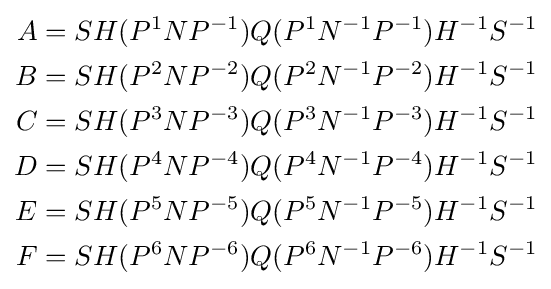
{\begin{aligned}A&=SH(P^{1}NP^{-1})Q(P^{1}N^{-1}P^{-1})H^{-1}S^{-1}\\B&=SH(P^{2}NP^{-2})Q(P^{2}N^{-1}P^{-2})H^{-1}S^{-1}\\C&=SH(P^{3}NP^{-3})Q(P^{3}N^{-1}P^{-3})H^{-1}S^{-1}\\D&=SH(P^{4}NP^{-4})Q(P^{4}N^{-1}P^{-4})H^{-1}S^{-1}\\E&=SH(P^{5}NP^{-5})Q(P^{5}N^{-1}P^{-5})H^{-1}S^{-1}\\F&=SH(P^{6}NP^{-6})Q(P^{6}N^{-1}P^{-6})H^{-1}S^{-1}\\\end{aligned}}